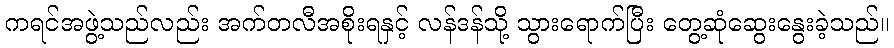
ကရင်အဖွဲ့သည်လည်း အက်တလီအစိုးရနှင့် လန်ဒန်သို့ သွားရောက်ပြီး တွေ့ဆုံဆွေးနွေးခဲ့သည်။